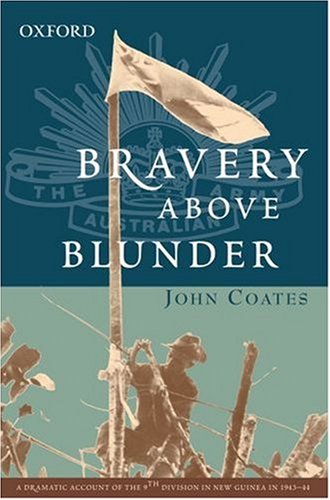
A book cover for Bravery Above Blunder: The 9th Australian Division at Finschhafen, Sattelberg and Sio (The Australian Army History Series); John Coates; History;